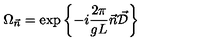
\Omega _ { \vec { n } } = \exp \left\{ - i \frac { 2 \pi } { g L } \vec { n } \vec { \cal D } \right\}